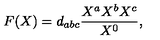
F ( X ) = d _ { a b c } { \frac { X ^ { a } X ^ { b } X ^ { c } } { X ^ { 0 } } } ,